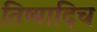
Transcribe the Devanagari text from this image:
तिष्यादिच